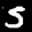
Label: 5